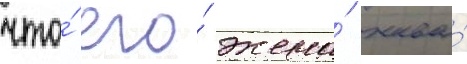
что́ его́ жена́ жива́